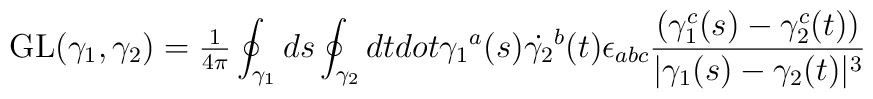
{\rm GL}(\gamma_1,\gamma_2) = {\textstyle {1\over 4 \pi}}\oint_{\gamma_1} ds \oint_{\gamma_2} dt \\dot{\gamma_1}^a(s) \dot{\gamma_2}^b(t) \epsilon_{abc} {(\gamma_1^c(s) -\gamma_2^c(t)) \over |\gamma_1(s) -\gamma_2(t)|^3}